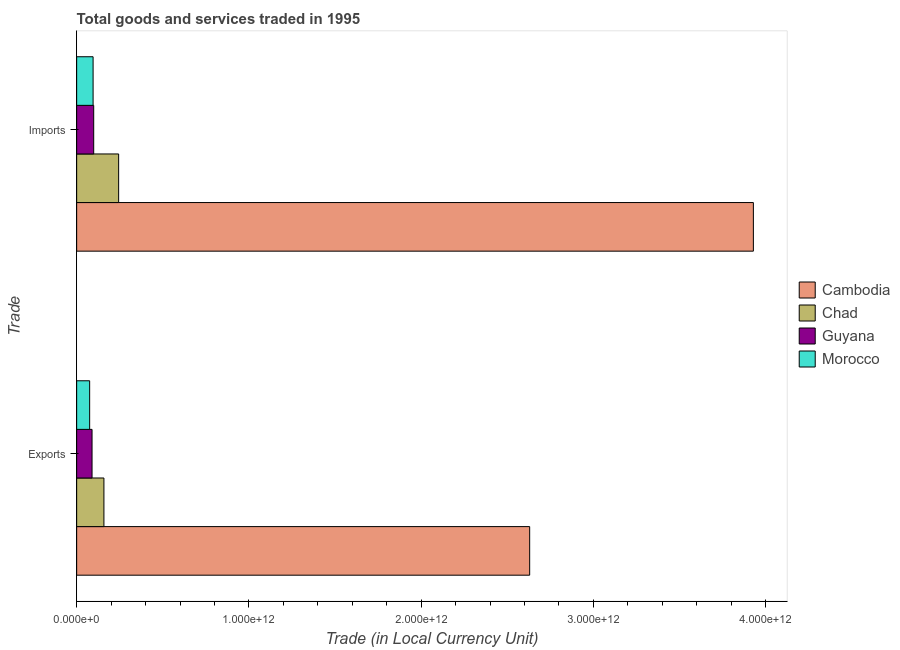
| Trade | Cambodia | Chad | Guyana | Morocco |
 | --- | --- | --- | --- | --- |
 | Exports | 2.63e+12 | 1.58e+11 | 8.93e+10 | 7.55e+10 |
 | Imports | 3.93e+12 | 2.44e+11 | 9.9e+10 | 9.54e+10 |